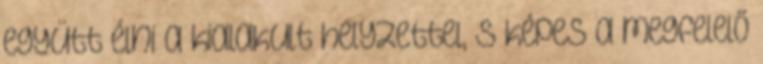
együtt élni a kialakult helyzettel, s képes a megfelelő